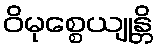
ဝိမုစ္စေယျုန္တိ